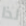
لذا